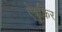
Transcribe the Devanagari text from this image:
ऐबुकिर